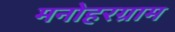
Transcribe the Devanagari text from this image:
मनोहरग्राम